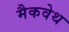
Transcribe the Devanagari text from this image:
मैकवेथ